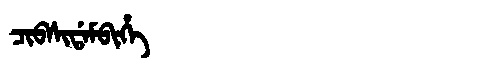
Manchu: ᠴᡳᠪᠰᡳᡩᠠᠮᠪᡳᡥᡝ
Romanization: CIBSIDAMBIHE